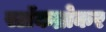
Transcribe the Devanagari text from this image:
स्टॉकब्रोकर